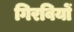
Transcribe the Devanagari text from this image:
गिरवियों